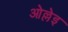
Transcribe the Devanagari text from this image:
ओल्लेइ